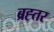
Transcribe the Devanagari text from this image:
ब्रह्तर